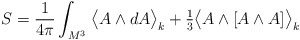
\begin{align*}S=\frac{1}{4\pi}\int_{M^3}\;\!\big\langle A\wedge dA\big\rangle_k+\tfrac13 \big\langle A\wedge [A\wedge A]\big\rangle_k\qquad\end{align*}